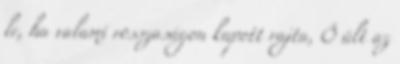
le, ha valami rosszaságon kapott rajta, Ő ült az